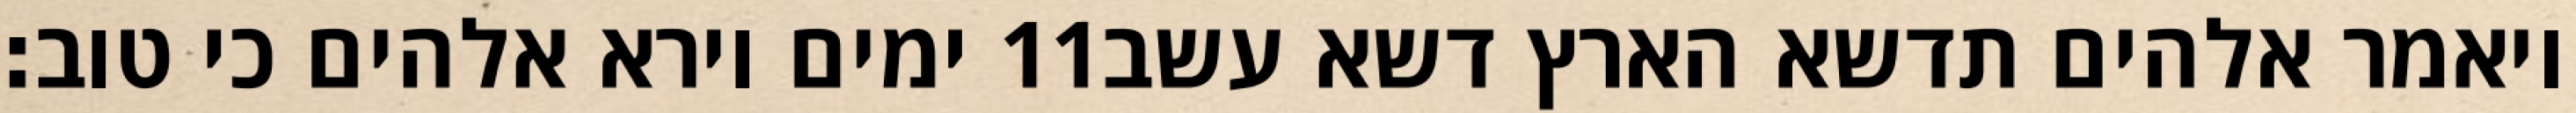
ימים וירא אלהים כי טוב׃ ‎11‏ ויאמר אלהים תדשא הארץ דשא עשב